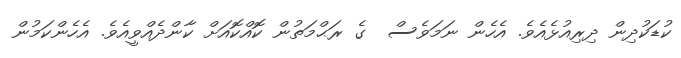
ކުޑަކުދިން ދިރިއުޅެއެވެ. އެހެން ނަމަވެސް  ގެ ރަޙްމަތުން ކޮއްކޮއަށް ކާންދެއްވީއެވެ. އެހެންކަމުން